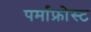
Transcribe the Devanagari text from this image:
पर्माफ्रोस्ट